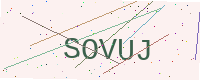
Text: SOVUJ